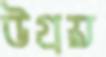
উগ্‌রয়